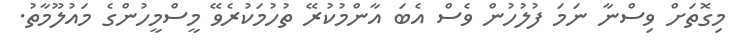
މިގޮތަށް ވިސްނާ ނަމަ ފުލުހުން ވެސް އެބަ އާންމުކުރޭ ތުހުމަކުރެވޭ މީސްމީހުންގެ މައުލޫމާތު.